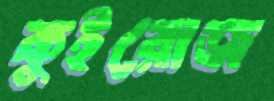
কুইরোজ